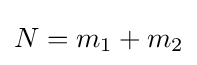
N=m_{1}+m_{2}